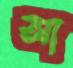
আ